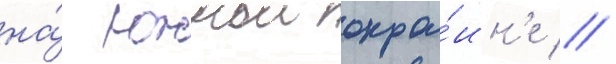
на́ южнои окра́ин'е //